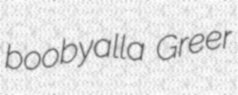
boobyalla Greer